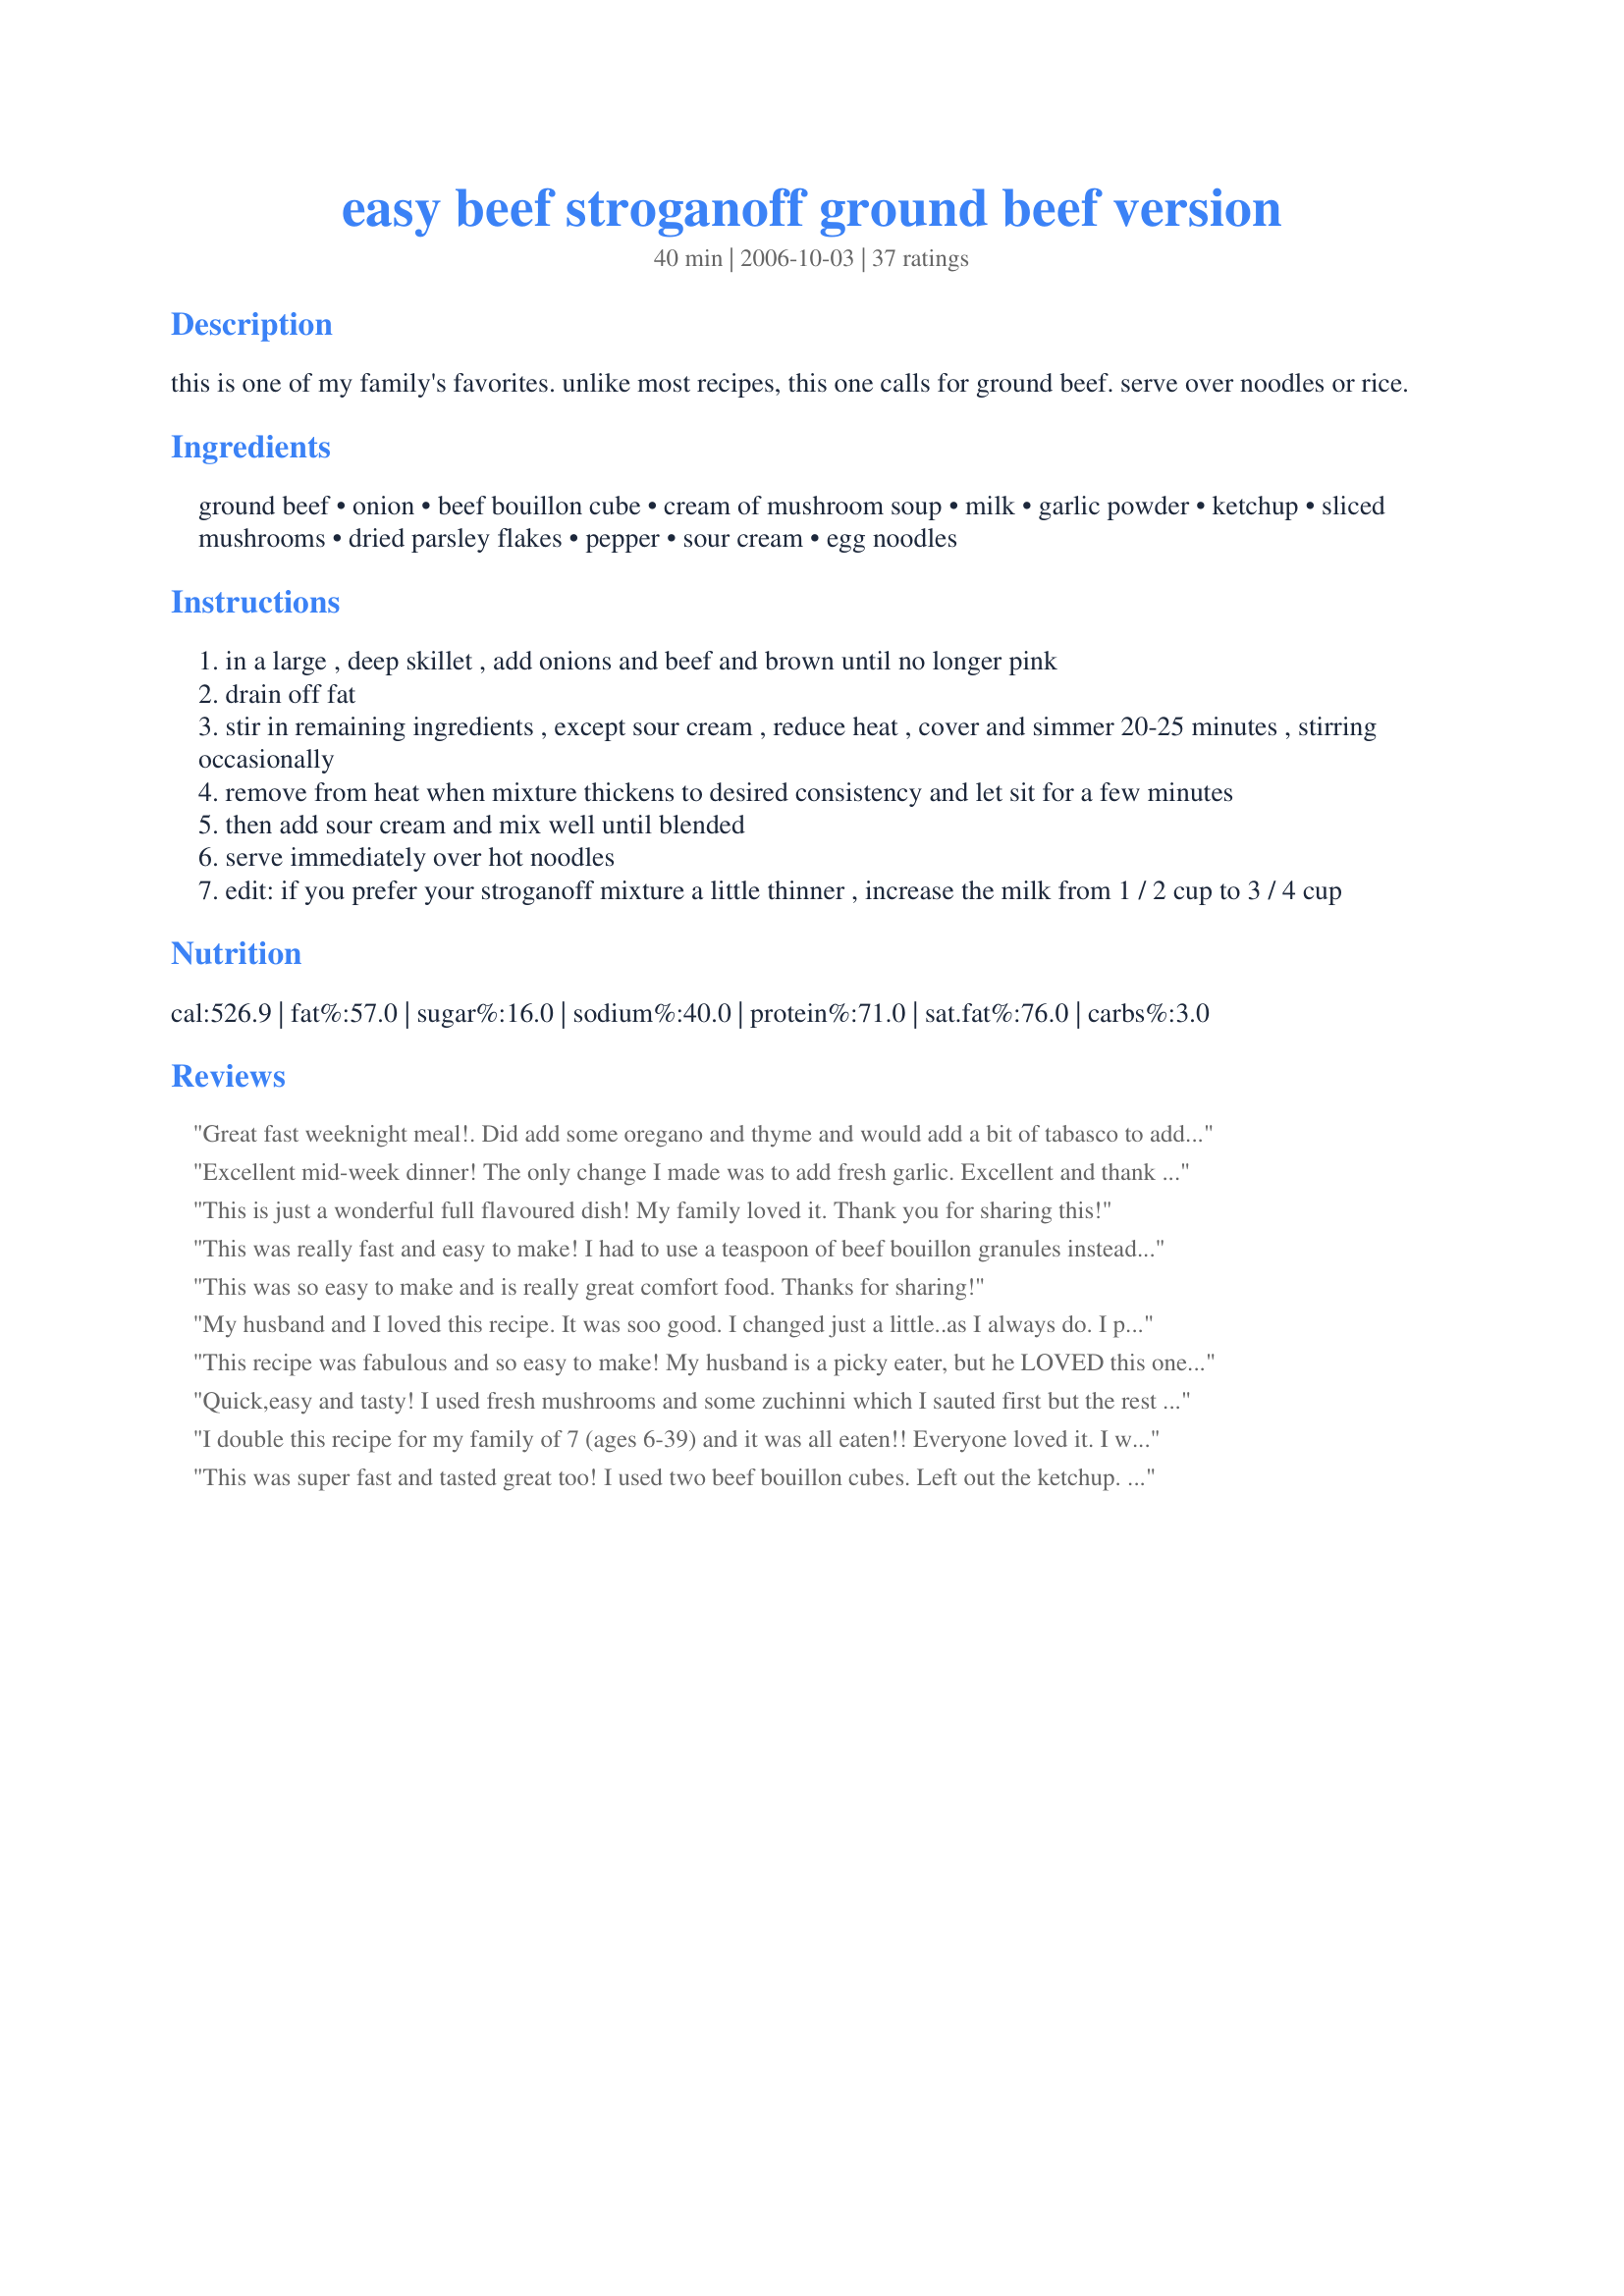
easy beef stroganoff ground beef version
Preparation time: 40 minutes

this is one of my family's favorites. unlike most recipes, this one calls for ground beef. serve over noodles or rice.

Ingredients:
ground beef, onion, beef bouillon cube, cream of mushroom soup, milk, garlic powder, ketchup, sliced mushrooms, dried parsley flakes, pepper, sour cream, egg noodles

Steps:
in a large , deep skillet , add onions and beef and brown until no longer pink
drain off fat
stir in remaining ingredients , except sour cream , reduce heat , cover and simmer 20-25 minutes , stirring occasionally
remove from heat when mixture thickens to desired consistency and let sit for a few minutes
then add sour cream and mix well until blended
serve immediately over hot noodles
edit: if you prefer your stroganoff mixture a little thinner , increase the milk from 1 / 2 cup to 3 / 4 cup

Reviews:
Great fast weeknight meal!. Did add some oregano and thyme and would add a bit of tabasco to add some kick next time! :)
Excellent mid-week dinner! The only change I made was to add fresh garlic. Excellent and thank you!
This is just a wonderful full flavoured
dish! My family loved it.
Thank you for sharing this!
This was really fast and easy to make! I had to use a teaspoon of beef bouillon granules instead of the cube. I will definitely make this again, my whole family of 6 liked it, which doesn't happen often! Next time I will add more mushrooms and some allspice as CarolynB suggested. Thanks so much for a quick recipe for a busy mom! :)
This was so easy to make and is really great comfort food. Thanks for sharing!
My husband and I loved this recipe. It was soo good. I changed just a little..as I always do. I put in 1tbsp worshire sauce and 1 tpsp A1 steak sauce to the hamburger and onion as it was cooking. I omitted the ketchup but will try it with next time just to see the difference. I used a full cup of milk to make it thinner like we prefer. I also used 2 beef bouillon cubes as someone else had mentioned-turned out delicious!! Thanks for the great recipe. This ones a keeper for sure!
This recipe was fabulous and so easy to make! My husband is a picky eater, but he LOVED this one! I will definitely make it again. Thank you!
Quick,easy and tasty! I used fresh mushrooms and some zuchinni which I sauted first but the rest was basically the same. Oh,and it did get a little thick so I thinned it with beef broth. Nice, easy, last minute meal. Thanks.
I double this recipe for my family of 7 (ages 6-39) and it was all eaten!! Everyone loved it. I was out of parsley so I substituted Celery Salt. I also used 2 tsp of Onion Powder instead of an onion, and omitted the sliced mushrooms. I went with the "runnier" version and used 1 1/2 cups of milk (remember I doubled my recipe). I think the consistency was perfect. Served over Jasmine Rice and butter. DELICIOUS.
This was super fast and tasted great too! I used two beef bouillon cubes. Left out the ketchup. And added about two teaspoons worcestershire sauce. This is a keeper and will make agian when I'm in need of a super fast meal! Thanks Jody!
This recipe was deee-vine! *as we like to say in South Mississippi*. So yummy! I didn&#039;t have mushrooms, nor do my husband or I really eat them, so that part was omitted. I only had a certain kind of noodle (not egg) so that was changed. I also didn&#039;t have beef bouillon cubes, but everything still tasted wonderful. Comforting meal at its finest! Glad I found this recipe.
Thank you for the wonderful recipe. Like most here, I was looking for a Stroganoff recipe to do with ground beef and yours did quite nicely. 
To accomadate our "lighter" lifstyle, I made the following alterations:
I used 99% fat free/low sodium cream of mushroom soup, light sour cream and No Yolks egg noodles. I also used 10 ozs sliced fresh baby bella mushrooms (we love mushrooms!), a half can of beef broth instead of the bullion (didn't have any bullion, did have the broth) and used a few shakes of (sorry didn't measure) allspice. That seems to be the only thing missing from your recipe. We feel that it adds a real zing to the flavor that wasn't there previously. All in all, we loved your recipe. 
Thank you very much!
Yummy! I like that it's a little different than other stroganoff recipes. Even the husband who doesn't care for stroganoff liked it! Thanks!
Have a ton of ground beef in the freezer that we have to use up! This recipe was very good, no leftovers. I didn't have any beef bouillon which I discovered after I had already started, it didn't matter, it was still good. I also used dehydrated onions. The only thing was I wanted a little more sauce (the mixture was thick) so I added about a 1/2 cup more milk and that thinned it out a bit. Overall it was a filling,tasty, quick weekday dinner! Thanks!
LOVE THIS!!!! I make this now once a week for my family and even my picky 2 year olds eat it. Definitely the best beef stroganoff recipe out there. I always double the recipe and also use fresh mushrooms too. Thanks so very much!
I didn&#039;t have the mushrooms so added in some frozen corn at the end. Enjoyed by all!
This is PERFECT!! Needed a beef stroganoff recipe that would use ground beef and there it was. Cooked it up and it was delicious just as it was printed. So easy and quick. Thank you soo much, Jody #35, your recipe is absolutely scrumptious. Love and Hugs: Angelcook
Good and went together very quickly. Thanks!
This turned out so yummy, had a lot of flavor, and even my picky hubby liked it (which is a miracle because he doesn't like anything!)
This dish turned out wonderful! I didn't have any mushrooms, so I left them out this time. This is going into our regular rotation of dinners. Even the kids ate it without any complaining! Thanks for the recipe.
Very good! We used whole wheat penne pasta instead of egg noodles, personal choice. I had everything on hand, and it went together quickly. It's a keeper.
Our family loved it! We did not alter the recipe. Excellent flavor. The kids loved it and requested we make it again. It was even better the next day for lunch. Thanks for the recipe.
Terrific. Super easy to make and my family loved it. I will definately be making this again. Thanks!!
i used the suggestions that 2 people had made & this dish turned out wonderful. i will definately need to double this in the future as we hardly had any left overs.
Great recipe, ingredients are readily available which is always nice. Added red pepper flakes and a pinch of cayenne for a little kick. I will try with ground turkey and lowfat ingredients for a healthier alternative next time. Excellent with a salad and garlic bread.
Wow! This turned out great! I used ground turkey breast, light sour cream, and fat free cream of mushroom soup and it still turned out wonderful! The only other thing I did was to add just a little bit of salt! This was very easy so I will be making this again soon. Thanks for a great recipe!
My mouth watered while preparing this dish! Now I can see why EXCELLENT flavor! Thanks
Easy and yummy. So fast to throw together. Thanks!
I made this last night for dinner and my husband and I totally enjoyed this dish! I did make quite a few changes to the recipe though on account that my husband cannot have onion, peppers or dairy products. :(
So I omitted the onions and peppers. I used non-dairy sour cream and milk. I also used a recipe by Miraklegirl on this site for the cream of mushroom soup. I used the only noodles I had on hand (elbow). This recipe turned out perfect even when using these ingredients! I'd like to say that for any others who may be cooking for a member of the household with crohn's disease, this makes a great non-dairy version of this recipe. Thank you so much for this recipe. It's nice to have a homemade stroganoff in place of the boxed stuff.
Super yummy!!! So fast and easy to make.
So good and easy to make on a busy week night! The whole family woofed this down in no time, along with some homemade rolls. We will have this often in the winter months!
Excellent flavour!! Very easy to put together and relatively quick. I used extra lean ground beef, fresh mushrooms, garlic and parsley and no fat sour cream. I cooked the fresh mushrooms with the onions and hamberger. Served over noodles. I would make this again, thanks for posting.
I made this tonight for dinner. . This deserved more stars. I didn't change a thing, no leftovers and there was only 2 of us, but for some reason we couldn't stop eating it. I will be making this again, thank you for sharing your recipe with us.
This recipe was sooooo good, i made this the next few nights after!!!!!!!!! Thanks for the recipe!!!!!!!!
This was fabulous! My husband and I enjoyed it, as did our boys (which is a definite bonus). The recipe is simple and tasty. This will be added to my collection! Thanks for sharing this recipe.
I used fresh garlic and mushrooms. I also used steak strips instead of ground beef. Easy to make.
I followed the reviewer that advised using the beef broth. I used fresh mushrooms (one package) and added the allspice along with a Tbs of Brandy and A1. I used my own home grown ground lamb meat. It was REALLY good. My husband loved it. Fairly quick..probably be a really good crock pot meal. I have almost all of my lamb ground .. i have found it gets used that way so I loved this recipe.
